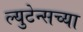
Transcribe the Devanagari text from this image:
ल्युटेन्सच्‍या